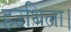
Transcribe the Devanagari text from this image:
हउथिला।